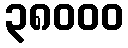
၃၈၀၀၀